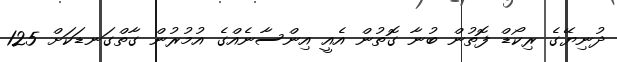
ދުނިޔޭގެ ރިކޯޑް ފޮތުން ބުނާ ގޮތުން އެއީ އިންސާނެއްގެ އުމުރުން ގާތްގަނޑަކަށް 125